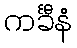
ကင်္ခီနံ